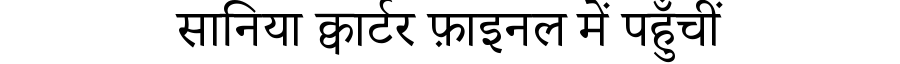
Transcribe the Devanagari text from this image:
सानिया क्वार्टर फ़ाइनल में पहुँचीं